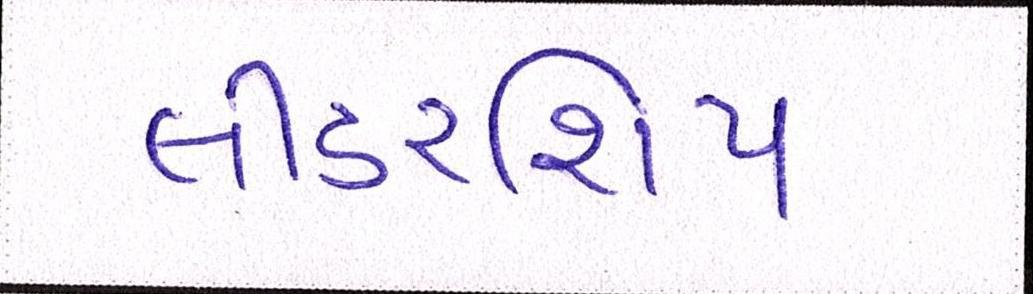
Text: લીડરશિપ